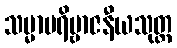
သမ္မာပရိဗ္ဗာဇနီယသုတ္တ